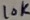
Text: 10K